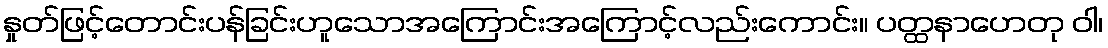
နှုတ်ဖြင့်တောင်းပန်ခြင်းဟူသောအကြောင်းအကြောင့်လည်းကောင်း။ ပတ္ထနာဟေတု ဝါ၊